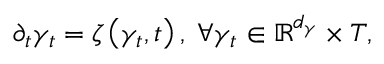
\begin{array} { r } { \partial _ { t } \gamma _ { t } = \zeta \left( \gamma _ { t } , t \right) , \; \forall \gamma _ { t } \in \mathbb { R } ^ { d _ { \gamma } } \times T , } \end{array}